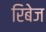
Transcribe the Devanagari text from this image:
रिबेज